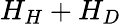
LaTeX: H_{H}+H_{D}